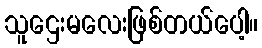
သူဌေးမလေးဖြစ်တယ်ပေါ့။